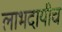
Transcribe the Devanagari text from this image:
लाभदायीच